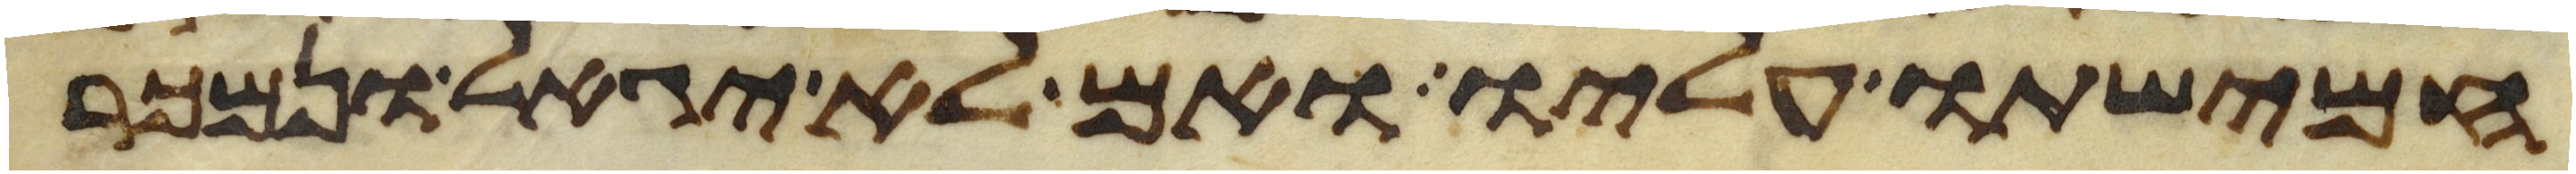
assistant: חמישתו עליו ואם לא יגאל ונמכר